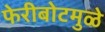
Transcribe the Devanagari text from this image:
फेरीबोटमुळे